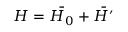
H = { \bar { H _ { 0 } } } + { \bar { H ^ { \prime } } }